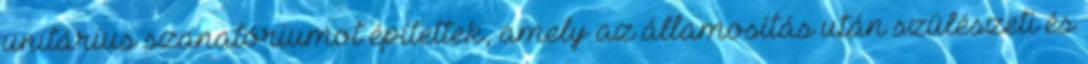
unitárius szanatóriumot építettek, amely az államosítás után szülészeti és